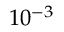
1 0 ^ { - 3 }